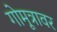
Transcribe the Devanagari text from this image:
गोमूत्रावर